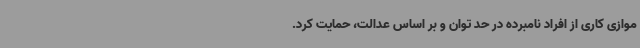
موازی کاری از افراد نامبرده در حد توان و بر اساس عدالت، حمایت کرد.